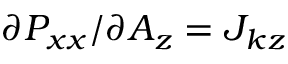
\partial P _ { x x } / \partial A _ { z } = J _ { k z }